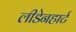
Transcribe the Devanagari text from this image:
लीडेनहार्ट